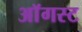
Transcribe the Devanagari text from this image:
अाॅगस्ट